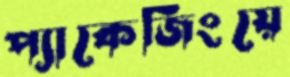
প্যাকেজিংয়ে